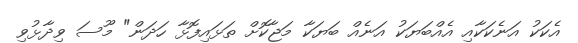
އެކަކު އަނެކަކާއި އެއްބަޔަކު އަނެއް ބަޔަކާ މަޖާކޮށް ތަޅައިފޮޅާ ހަދަން" މޫސަ ވިދާޅުވި